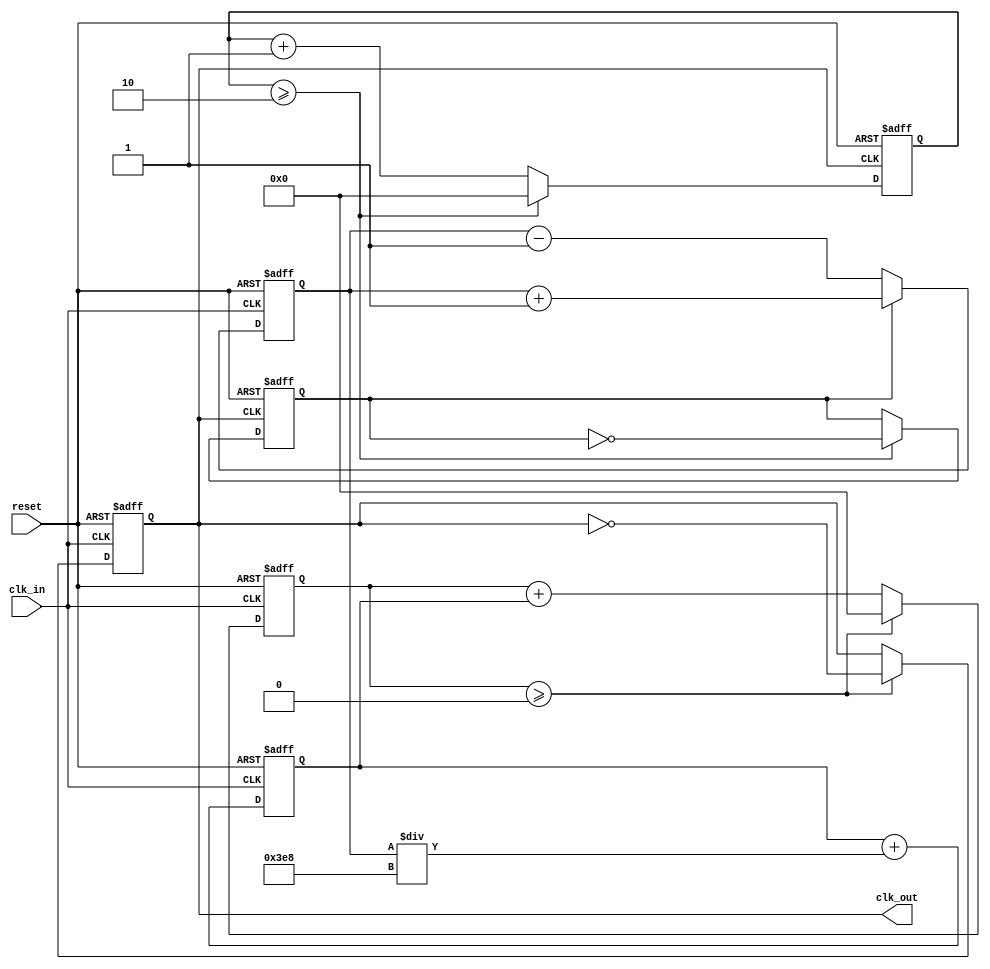
module parameterized_PLL #(
    parameter INPUT_FREQ = 50_000_000, // Input frequency in Hz
    parameter OUTPUT_FREQ = 100_000_000, // Desired output frequency in Hz
    parameter DIV_FACTOR = OUTPUT_FREQ / INPUT_FREQ, // Division factor
    parameter LOOP_BANDWIDTH = 1000 // Loop bandwidth in Hz
)(
    input wire clk_in, // Input clock
    input wire reset, // Reset signal
    output reg clk_out // Output clock
);
    
    // Internal signals
    reg [31:0] phase_error; // Phase error signal
    reg [31:0] control_voltage; // Control voltage for VCO
    reg [31:0] vco_count; // VCO counter
    reg [31:0] divider_count; // Divider counter
    reg feedback_clk; // Feedback clock signal

    // Phase Detector (PD)
    always @(posedge clk_in or posedge reset) begin
        if (reset) begin
            phase_error <= 0;
        end else begin
            // Simple phase detection logic (for demonstration)
            if (feedback_clk) begin
                phase_error <= phase_error + 1; // Phase leads
            end else begin
                phase_error <= phase_error - 1; // Phase lags
            end
        end
    end

    // Low Pass Filter (LPF)
    always @(posedge clk_in or posedge reset) begin
        if (reset) begin
            control_voltage <= 0;
        end else begin
            // Simple LPF implementation (first-order)
            control_voltage <= control_voltage + (phase_error / LOOP_BANDWIDTH);
        end
    end

    // Voltage-Controlled Oscillator (VCO)
    always @(posedge clk_in or posedge reset) begin
        if (reset) begin
            vco_count <= 0;
            clk_out <= 0;
        end else begin
            // VCO frequency control based on control voltage
            vco_count <= vco_count + control_voltage;
            if (vco_count >= (INPUT_FREQ / OUTPUT_FREQ)) begin
                clk_out <= ~clk_out; // Toggle output clock
                vco_count <= 0; // Reset VCO counter
            end
        end
    end

    // Frequency Divider
    always @(posedge clk_out or posedge reset) begin
        if (reset) begin
            divider_count <= 0;
            feedback_clk <= 0;
        end else begin
            divider_count <= divider_count + 1;
            if (divider_count >= DIV_FACTOR) begin
                feedback_clk <= ~feedback_clk; // Toggle feedback clock
                divider_count <= 0; // Reset divider counter
            end
        end
    end

endmodule